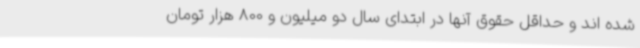
شده اند و حداقل حقوق آنها در ابتدای سال دو میلیون و 800 هزار تومان